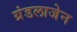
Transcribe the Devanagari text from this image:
ग्रंडलाजेन